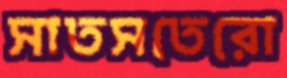
সাতসতেরো